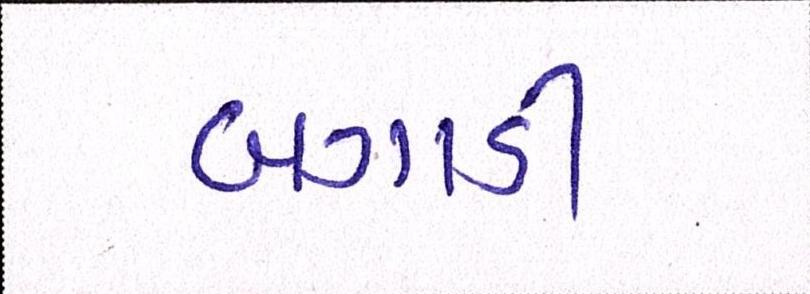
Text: બગાડી